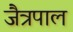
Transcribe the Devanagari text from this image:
जैत्रपाल